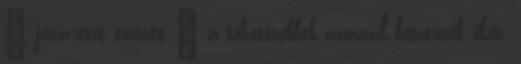
– javarészt emiatt – a tehetősebbek azonnal beszerezik őket.